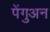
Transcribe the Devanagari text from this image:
पेंगुअन